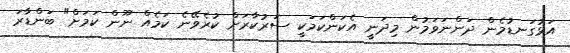
އަޅުގަނޑުމެން ދަންނަވަމުން މިދަނީ އެކަންކަމަކީ ސަރުކާރަށް ކުރެވޭނެ ކަމެއް ނޫން ކަމަށް" ބަންޑާރަ